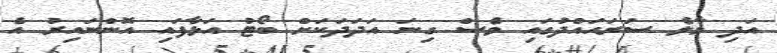
އަދި މާލެ ސަރަހައްދުގައި ވެސް ގިނަ އަދަދަކަށް ބޯޓު އަޅާފައި އޮންނައިރު އެ